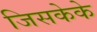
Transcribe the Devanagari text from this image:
जिसकेके